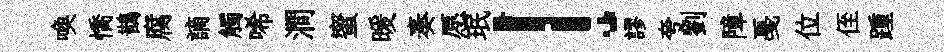
喚憍鵲腐謫觸唏澗蜜暖奏愿珉！謬夸劉障戞位侄踵